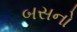
બસનો